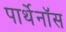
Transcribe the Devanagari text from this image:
पार्थेनॉस